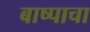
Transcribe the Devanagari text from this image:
बाष्पाचा